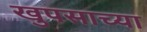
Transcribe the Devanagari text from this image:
खुपसाच्या